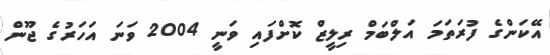
އޭކަންގެ ފުރަތަމަ އަލްބަމް ރިލީޒް ކޮށްފައި ވަނީ 2004 ވަނަ އަހަރުގެ ޖޫން